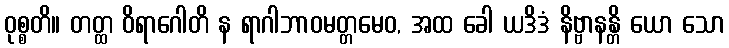
ဝုစ္စတိ။ တတ္ထ ဝိရာဂေါတိ န ရာဂါဘာဝမတ္တမေဝ, အထ ခေါ ယဒိဒံ နိဗ္ဗာနန္တိ ယော သော